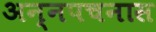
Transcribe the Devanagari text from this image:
अन्नपचनास